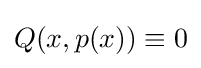
Q(x,p(x))\equiv 0